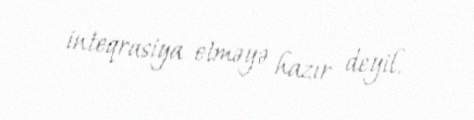
inteqrasiya etməyə hazır deyil.